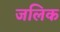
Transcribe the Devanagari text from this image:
जलिक